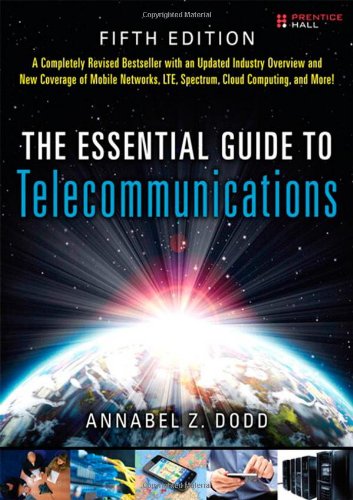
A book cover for The Essential Guide to Telecommunications (5th Edition) (Essential Guides (Prentice Hall)); Annabel Z. Dodd; Engineering & Transportation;